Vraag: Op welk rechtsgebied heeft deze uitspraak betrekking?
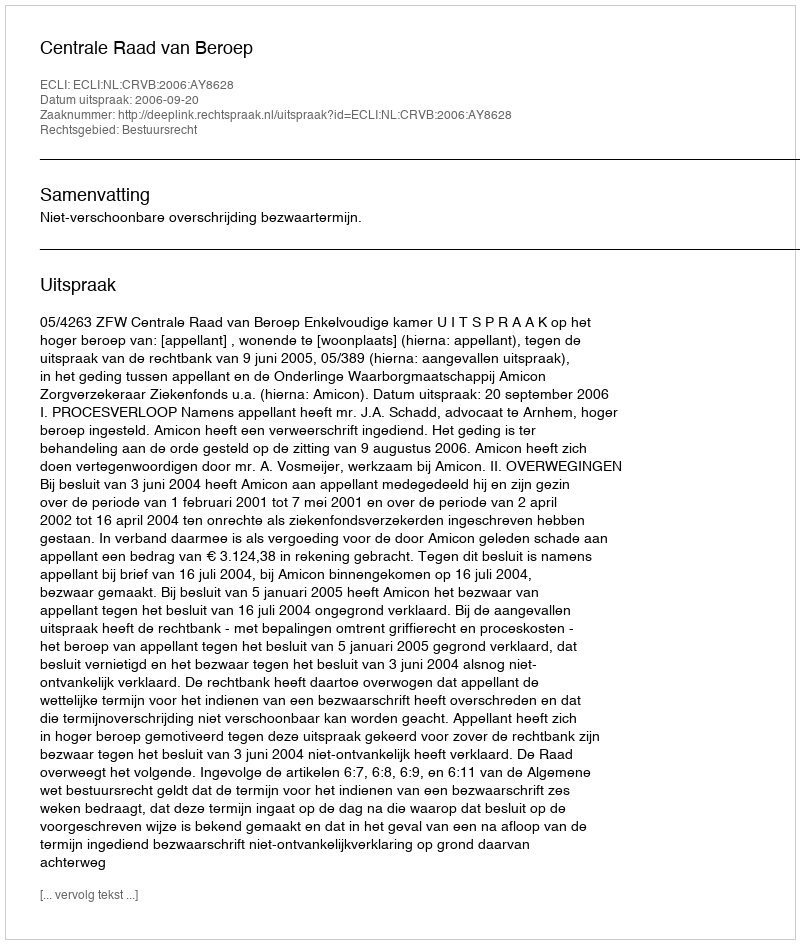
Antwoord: Bestuursrecht